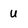
Character: U